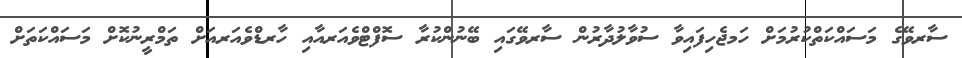
ސާރވޭގެ މަސައްކަތްކުރުމަށް ހަމޖެހިފައިވާ ސުވާލުދާރުން ސާރވޭގައި ބޭނުންކުރާ ސޮފްޓްވެއަރއާއި ހާރޑްވެއަރއަށް ތަމްރީނުކޮށް މަސައްކަތަށް